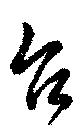
台